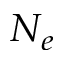
N _ { e }